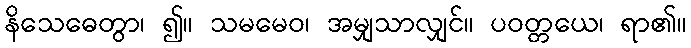
နိသေဓေတွာ၊ ၍။ သမမေဝ၊ အမျှသာလျှင်။ ပဝတ္တယေ၊ ရာ၏။